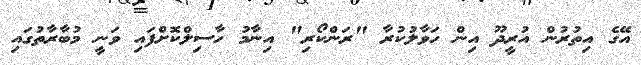
އޭގެ އިތުރުން އުރީދޫ އިން ހަވާލުކުރާ "ރަންކޯރި" އިނާމު ހާސިލްކޮށްފައި ވަނީ މުބާރާތުގައި